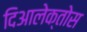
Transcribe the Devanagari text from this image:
दिआलेक्तोस